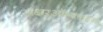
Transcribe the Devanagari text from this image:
अक्षरऑनलाइन